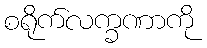
စရိုက်လက္ခဏာကို